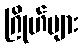
ဂြိုဟ်များ